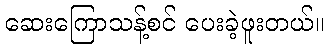
ဆေးကြောသန့်စင် ပေးခဲ့ဖူးတယ်။